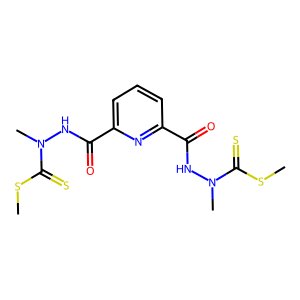
SMILES: CSC(=S)N(C)NC(=O)c1cccc(C(=O)NN(C)C(=S)SC)n1
Inhibits HIV replication: No